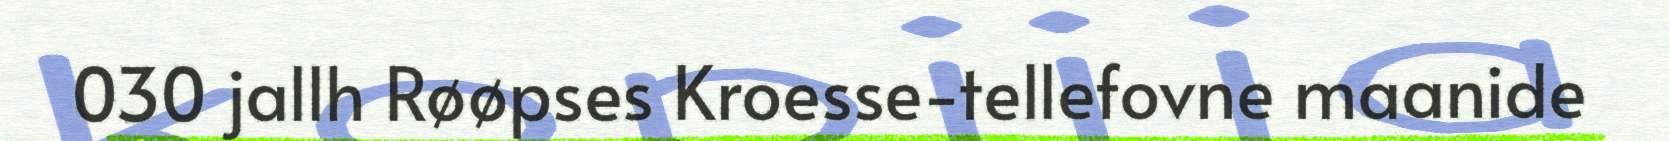
030 jallh Røøpses Kroesse-tellefovne maanide